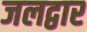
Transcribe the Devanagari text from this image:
जलद्वार